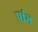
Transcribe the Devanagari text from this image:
प्रांभ